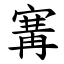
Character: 㝤